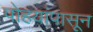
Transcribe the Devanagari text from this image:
पोहयांपासून